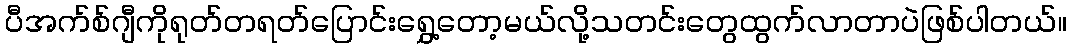
ပီအက်စ်ဂျီကိုရုတ်တရတ်ပြောင်းရွှေ့တော့မယ်လို့သတင်းတွေထွက်လာတာပဲဖြစ်ပါတယ်။